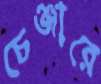
চেঞ্জারে